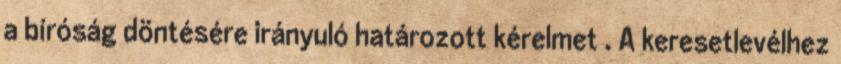
a bíróság döntésére irányuló határozott kérelmet . A keresetlevélhez